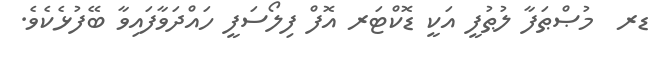
ޑރ  މުޞްޠަފާ ލުޠުފީ އަކީ ޑޮކްޓަރ އޮފް ފިލޯސަފީ ހައްދަވާފައިވާ ބޭފުޅެކެވެ.